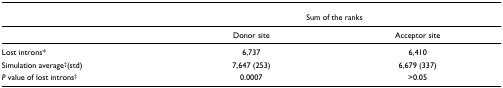
<table><thead><tr><td></td><td colspan="2"><b>Sum of the ranks</b></td></tr></thead><tbody><tr><td></td><td>Donor site</td><td>Acceptor site</td></tr><tr><td>Lost introns*</td><td>6,737</td><td>6,410</td></tr><tr><td>Simulation average<sup>†</sup>(std)</td><td>7,647 (253)</td><td>6,679 (337)</td></tr><tr><td><i>P</i> value of lost introns<sup>‡</sup></td><td>0.0007</td><td>&gt;0.05</td></tr></tbody></table>